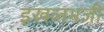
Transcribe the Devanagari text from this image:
इखलभजी